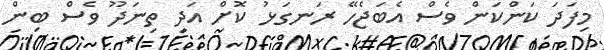
މިފަދަ ކަންކަން ވެސް އެބަޖެހޭ ރަނގަޅު ކޮށް އަދި ތިނަދޫ ވެސް ބިން